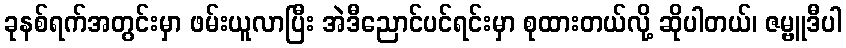
ခုနစ်ရက်အတွင်းမှာ ဖမ်းယူလာပြီး အဲဒီညောင်ပင်ရင်းမှာ စုထားတယ်လို့ ဆိုပါတယ်၊ ဇမ္ဗူဒီပါ